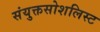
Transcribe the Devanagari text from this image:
संयुक्तसोशलिस्ट